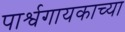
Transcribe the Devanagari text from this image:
पार्श्वगायकाच्या